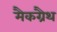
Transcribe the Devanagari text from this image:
मैकग्रैथ